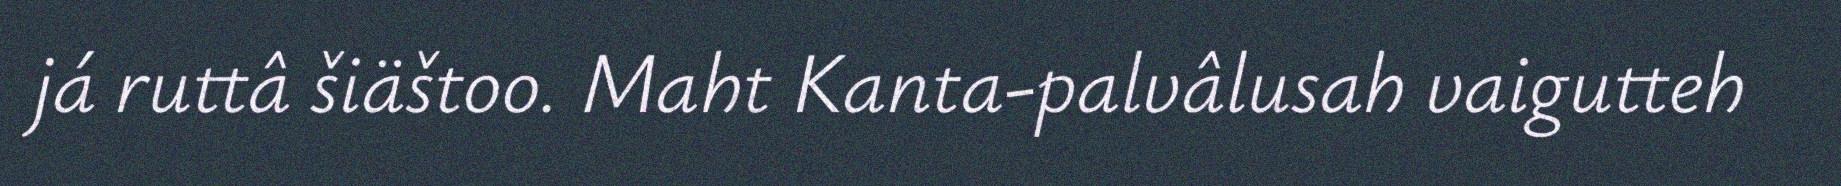
já ruttâ šiäštoo. Maht Kanta-palvâlusah vaigutteh